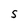
Character: S